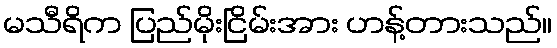
မသီရိက ပြည်မိုးငြိမ်းအား ဟန့်တားသည်။